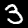
Digit: 3